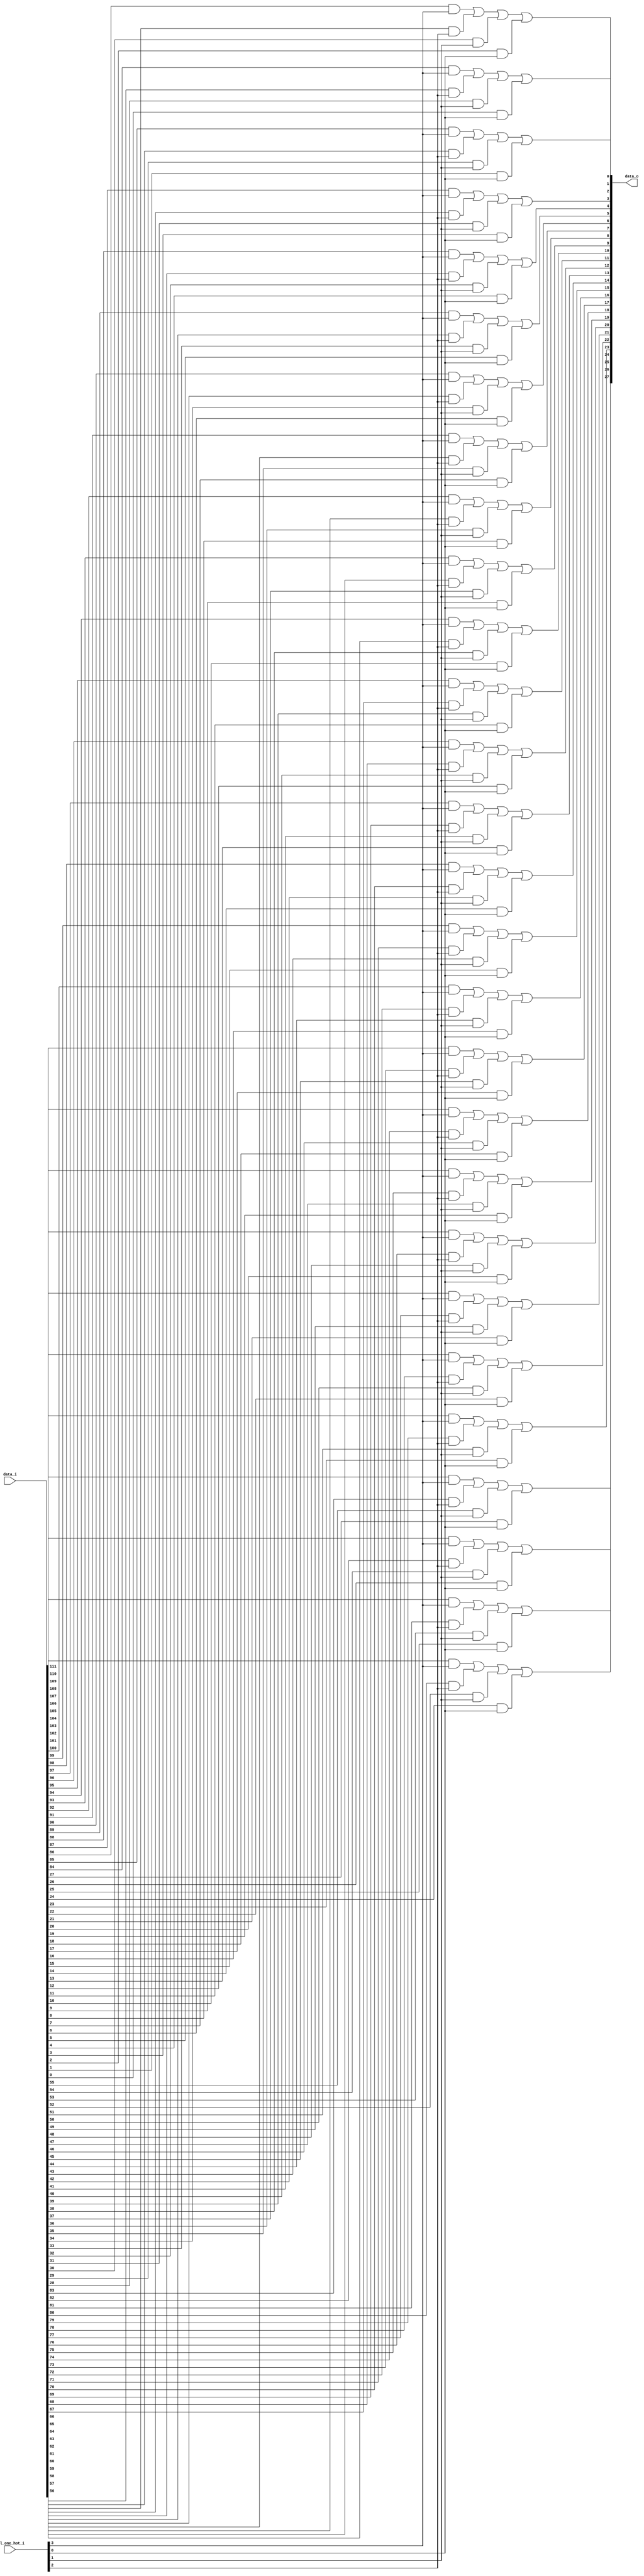
module bsg_mux_one_hot_width_p28_els_p4
(
  data_i,
  sel_one_hot_i,
  data_o
);

  input [111:0] data_i;
  input [3:0] sel_one_hot_i;
  output [27:0] data_o;
  wire [27:0] data_o;
  wire N0,N1,N2,N3,N4,N5,N6,N7,N8,N9,N10,N11,N12,N13,N14,N15,N16,N17,N18,N19,N20,N21,
  N22,N23,N24,N25,N26,N27,N28,N29,N30,N31,N32,N33,N34,N35,N36,N37,N38,N39,N40,N41,
  N42,N43,N44,N45,N46,N47,N48,N49,N50,N51,N52,N53,N54,N55;
  wire [111:0] data_masked;
  assign data_masked[27] = data_i[27] & sel_one_hot_i[0];
  assign data_masked[26] = data_i[26] & sel_one_hot_i[0];
  assign data_masked[25] = data_i[25] & sel_one_hot_i[0];
  assign data_masked[24] = data_i[24] & sel_one_hot_i[0];
  assign data_masked[23] = data_i[23] & sel_one_hot_i[0];
  assign data_masked[22] = data_i[22] & sel_one_hot_i[0];
  assign data_masked[21] = data_i[21] & sel_one_hot_i[0];
  assign data_masked[20] = data_i[20] & sel_one_hot_i[0];
  assign data_masked[19] = data_i[19] & sel_one_hot_i[0];
  assign data_masked[18] = data_i[18] & sel_one_hot_i[0];
  assign data_masked[17] = data_i[17] & sel_one_hot_i[0];
  assign data_masked[16] = data_i[16] & sel_one_hot_i[0];
  assign data_masked[15] = data_i[15] & sel_one_hot_i[0];
  assign data_masked[14] = data_i[14] & sel_one_hot_i[0];
  assign data_masked[13] = data_i[13] & sel_one_hot_i[0];
  assign data_masked[12] = data_i[12] & sel_one_hot_i[0];
  assign data_masked[11] = data_i[11] & sel_one_hot_i[0];
  assign data_masked[10] = data_i[10] & sel_one_hot_i[0];
  assign data_masked[9] = data_i[9] & sel_one_hot_i[0];
  assign data_masked[8] = data_i[8] & sel_one_hot_i[0];
  assign data_masked[7] = data_i[7] & sel_one_hot_i[0];
  assign data_masked[6] = data_i[6] & sel_one_hot_i[0];
  assign data_masked[5] = data_i[5] & sel_one_hot_i[0];
  assign data_masked[4] = data_i[4] & sel_one_hot_i[0];
  assign data_masked[3] = data_i[3] & sel_one_hot_i[0];
  assign data_masked[2] = data_i[2] & sel_one_hot_i[0];
  assign data_masked[1] = data_i[1] & sel_one_hot_i[0];
  assign data_masked[0] = data_i[0] & sel_one_hot_i[0];
  assign data_masked[55] = data_i[55] & sel_one_hot_i[1];
  assign data_masked[54] = data_i[54] & sel_one_hot_i[1];
  assign data_masked[53] = data_i[53] & sel_one_hot_i[1];
  assign data_masked[52] = data_i[52] & sel_one_hot_i[1];
  assign data_masked[51] = data_i[51] & sel_one_hot_i[1];
  assign data_masked[50] = data_i[50] & sel_one_hot_i[1];
  assign data_masked[49] = data_i[49] & sel_one_hot_i[1];
  assign data_masked[48] = data_i[48] & sel_one_hot_i[1];
  assign data_masked[47] = data_i[47] & sel_one_hot_i[1];
  assign data_masked[46] = data_i[46] & sel_one_hot_i[1];
  assign data_masked[45] = data_i[45] & sel_one_hot_i[1];
  assign data_masked[44] = data_i[44] & sel_one_hot_i[1];
  assign data_masked[43] = data_i[43] & sel_one_hot_i[1];
  assign data_masked[42] = data_i[42] & sel_one_hot_i[1];
  assign data_masked[41] = data_i[41] & sel_one_hot_i[1];
  assign data_masked[40] = data_i[40] & sel_one_hot_i[1];
  assign data_masked[39] = data_i[39] & sel_one_hot_i[1];
  assign data_masked[38] = data_i[38] & sel_one_hot_i[1];
  assign data_masked[37] = data_i[37] & sel_one_hot_i[1];
  assign data_masked[36] = data_i[36] & sel_one_hot_i[1];
  assign data_masked[35] = data_i[35] & sel_one_hot_i[1];
  assign data_masked[34] = data_i[34] & sel_one_hot_i[1];
  assign data_masked[33] = data_i[33] & sel_one_hot_i[1];
  assign data_masked[32] = data_i[32] & sel_one_hot_i[1];
  assign data_masked[31] = data_i[31] & sel_one_hot_i[1];
  assign data_masked[30] = data_i[30] & sel_one_hot_i[1];
  assign data_masked[29] = data_i[29] & sel_one_hot_i[1];
  assign data_masked[28] = data_i[28] & sel_one_hot_i[1];
  assign data_masked[83] = data_i[83] & sel_one_hot_i[2];
  assign data_masked[82] = data_i[82] & sel_one_hot_i[2];
  assign data_masked[81] = data_i[81] & sel_one_hot_i[2];
  assign data_masked[80] = data_i[80] & sel_one_hot_i[2];
  assign data_masked[79] = data_i[79] & sel_one_hot_i[2];
  assign data_masked[78] = data_i[78] & sel_one_hot_i[2];
  assign data_masked[77] = data_i[77] & sel_one_hot_i[2];
  assign data_masked[76] = data_i[76] & sel_one_hot_i[2];
  assign data_masked[75] = data_i[75] & sel_one_hot_i[2];
  assign data_masked[74] = data_i[74] & sel_one_hot_i[2];
  assign data_masked[73] = data_i[73] & sel_one_hot_i[2];
  assign data_masked[72] = data_i[72] & sel_one_hot_i[2];
  assign data_masked[71] = data_i[71] & sel_one_hot_i[2];
  assign data_masked[70] = data_i[70] & sel_one_hot_i[2];
  assign data_masked[69] = data_i[69] & sel_one_hot_i[2];
  assign data_masked[68] = data_i[68] & sel_one_hot_i[2];
  assign data_masked[67] = data_i[67] & sel_one_hot_i[2];
  assign data_masked[66] = data_i[66] & sel_one_hot_i[2];
  assign data_masked[65] = data_i[65] & sel_one_hot_i[2];
  assign data_masked[64] = data_i[64] & sel_one_hot_i[2];
  assign data_masked[63] = data_i[63] & sel_one_hot_i[2];
  assign data_masked[62] = data_i[62] & sel_one_hot_i[2];
  assign data_masked[61] = data_i[61] & sel_one_hot_i[2];
  assign data_masked[60] = data_i[60] & sel_one_hot_i[2];
  assign data_masked[59] = data_i[59] & sel_one_hot_i[2];
  assign data_masked[58] = data_i[58] & sel_one_hot_i[2];
  assign data_masked[57] = data_i[57] & sel_one_hot_i[2];
  assign data_masked[56] = data_i[56] & sel_one_hot_i[2];
  assign data_masked[111] = data_i[111] & sel_one_hot_i[3];
  assign data_masked[110] = data_i[110] & sel_one_hot_i[3];
  assign data_masked[109] = data_i[109] & sel_one_hot_i[3];
  assign data_masked[108] = data_i[108] & sel_one_hot_i[3];
  assign data_masked[107] = data_i[107] & sel_one_hot_i[3];
  assign data_masked[106] = data_i[106] & sel_one_hot_i[3];
  assign data_masked[105] = data_i[105] & sel_one_hot_i[3];
  assign data_masked[104] = data_i[104] & sel_one_hot_i[3];
  assign data_masked[103] = data_i[103] & sel_one_hot_i[3];
  assign data_masked[102] = data_i[102] & sel_one_hot_i[3];
  assign data_masked[101] = data_i[101] & sel_one_hot_i[3];
  assign data_masked[100] = data_i[100] & sel_one_hot_i[3];
  assign data_masked[99] = data_i[99] & sel_one_hot_i[3];
  assign data_masked[98] = data_i[98] & sel_one_hot_i[3];
  assign data_masked[97] = data_i[97] & sel_one_hot_i[3];
  assign data_masked[96] = data_i[96] & sel_one_hot_i[3];
  assign data_masked[95] = data_i[95] & sel_one_hot_i[3];
  assign data_masked[94] = data_i[94] & sel_one_hot_i[3];
  assign data_masked[93] = data_i[93] & sel_one_hot_i[3];
  assign data_masked[92] = data_i[92] & sel_one_hot_i[3];
  assign data_masked[91] = data_i[91] & sel_one_hot_i[3];
  assign data_masked[90] = data_i[90] & sel_one_hot_i[3];
  assign data_masked[89] = data_i[89] & sel_one_hot_i[3];
  assign data_masked[88] = data_i[88] & sel_one_hot_i[3];
  assign data_masked[87] = data_i[87] & sel_one_hot_i[3];
  assign data_masked[86] = data_i[86] & sel_one_hot_i[3];
  assign data_masked[85] = data_i[85] & sel_one_hot_i[3];
  assign data_masked[84] = data_i[84] & sel_one_hot_i[3];
  assign data_o[0] = N1 | data_masked[0];
  assign N1 = N0 | data_masked[28];
  assign N0 = data_masked[84] | data_masked[56];
  assign data_o[1] = N3 | data_masked[1];
  assign N3 = N2 | data_masked[29];
  assign N2 = data_masked[85] | data_masked[57];
  assign data_o[2] = N5 | data_masked[2];
  assign N5 = N4 | data_masked[30];
  assign N4 = data_masked[86] | data_masked[58];
  assign data_o[3] = N7 | data_masked[3];
  assign N7 = N6 | data_masked[31];
  assign N6 = data_masked[87] | data_masked[59];
  assign data_o[4] = N9 | data_masked[4];
  assign N9 = N8 | data_masked[32];
  assign N8 = data_masked[88] | data_masked[60];
  assign data_o[5] = N11 | data_masked[5];
  assign N11 = N10 | data_masked[33];
  assign N10 = data_masked[89] | data_masked[61];
  assign data_o[6] = N13 | data_masked[6];
  assign N13 = N12 | data_masked[34];
  assign N12 = data_masked[90] | data_masked[62];
  assign data_o[7] = N15 | data_masked[7];
  assign N15 = N14 | data_masked[35];
  assign N14 = data_masked[91] | data_masked[63];
  assign data_o[8] = N17 | data_masked[8];
  assign N17 = N16 | data_masked[36];
  assign N16 = data_masked[92] | data_masked[64];
  assign data_o[9] = N19 | data_masked[9];
  assign N19 = N18 | data_masked[37];
  assign N18 = data_masked[93] | data_masked[65];
  assign data_o[10] = N21 | data_masked[10];
  assign N21 = N20 | data_masked[38];
  assign N20 = data_masked[94] | data_masked[66];
  assign data_o[11] = N23 | data_masked[11];
  assign N23 = N22 | data_masked[39];
  assign N22 = data_masked[95] | data_masked[67];
  assign data_o[12] = N25 | data_masked[12];
  assign N25 = N24 | data_masked[40];
  assign N24 = data_masked[96] | data_masked[68];
  assign data_o[13] = N27 | data_masked[13];
  assign N27 = N26 | data_masked[41];
  assign N26 = data_masked[97] | data_masked[69];
  assign data_o[14] = N29 | data_masked[14];
  assign N29 = N28 | data_masked[42];
  assign N28 = data_masked[98] | data_masked[70];
  assign data_o[15] = N31 | data_masked[15];
  assign N31 = N30 | data_masked[43];
  assign N30 = data_masked[99] | data_masked[71];
  assign data_o[16] = N33 | data_masked[16];
  assign N33 = N32 | data_masked[44];
  assign N32 = data_masked[100] | data_masked[72];
  assign data_o[17] = N35 | data_masked[17];
  assign N35 = N34 | data_masked[45];
  assign N34 = data_masked[101] | data_masked[73];
  assign data_o[18] = N37 | data_masked[18];
  assign N37 = N36 | data_masked[46];
  assign N36 = data_masked[102] | data_masked[74];
  assign data_o[19] = N39 | data_masked[19];
  assign N39 = N38 | data_masked[47];
  assign N38 = data_masked[103] | data_masked[75];
  assign data_o[20] = N41 | data_masked[20];
  assign N41 = N40 | data_masked[48];
  assign N40 = data_masked[104] | data_masked[76];
  assign data_o[21] = N43 | data_masked[21];
  assign N43 = N42 | data_masked[49];
  assign N42 = data_masked[105] | data_masked[77];
  assign data_o[22] = N45 | data_masked[22];
  assign N45 = N44 | data_masked[50];
  assign N44 = data_masked[106] | data_masked[78];
  assign data_o[23] = N47 | data_masked[23];
  assign N47 = N46 | data_masked[51];
  assign N46 = data_masked[107] | data_masked[79];
  assign data_o[24] = N49 | data_masked[24];
  assign N49 = N48 | data_masked[52];
  assign N48 = data_masked[108] | data_masked[80];
  assign data_o[25] = N51 | data_masked[25];
  assign N51 = N50 | data_masked[53];
  assign N50 = data_masked[109] | data_masked[81];
  assign data_o[26] = N53 | data_masked[26];
  assign N53 = N52 | data_masked[54];
  assign N52 = data_masked[110] | data_masked[82];
  assign data_o[27] = N55 | data_masked[27];
  assign N55 = N54 | data_masked[55];
  assign N54 = data_masked[111] | data_masked[83];

endmodule